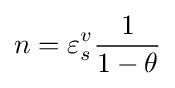
n=\varepsilon _{s}^{v}{\frac {1}{1-\theta }}